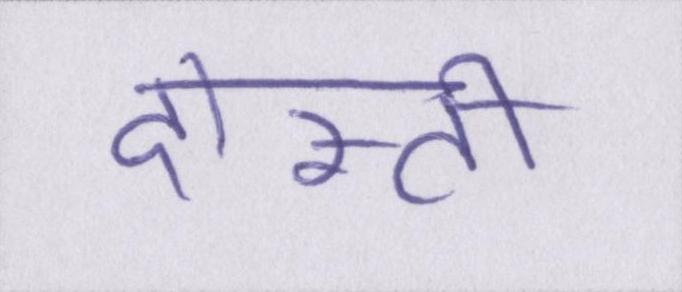
दोस्ती